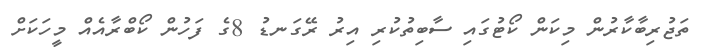
ތަޖުރިބާކާރުން މިކަން ކޯޓުގައި ސާބިތުކުރި އިރު ރޭގަނޑު 8ގެ ފަހުން ކޯބްރާއެއް މީހަކަށް